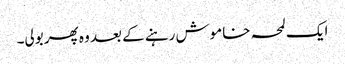
ایک لمحہ خاموش رہنے کے بعد وہ پھر بولی۔